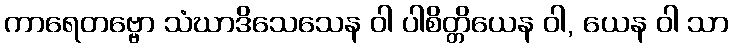
ကာရေတဗ္ဗော သံဃာဒိသေသေန ဝါ ပါစိတ္တိယေန ဝါ, ယေန ဝါ သာ